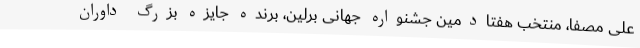
علی مصفا، منتخب هفتادمین جشنواره جهانی برلین، برنده جایزه بزرگ داوران